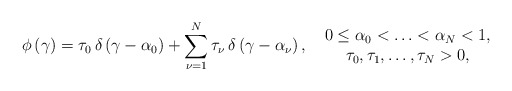
\begin{align*}\phi \left( \gamma \right) =\tau _{0}\,\delta \left( \gamma -\alpha_{0}\right) +\sum_{\nu =1}^{N}\tau _{\nu }\,\delta \left( \gamma -\alpha_{\nu }\right) ,\;\;\begin{array}{c}0\leq \alpha _{0}<\ldots <\alpha _{N}<1, \\ \tau _{0},\tau _{1},\ldots ,\tau _{N}>0,\end{array}\end{align*}